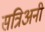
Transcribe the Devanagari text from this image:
सत्रिअनी